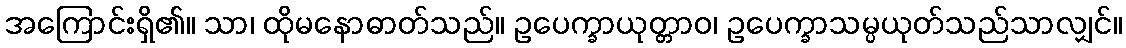
အကြောင်းရှိ၏။ သာ၊ ထိုမနောဓာတ်သည်။ ဥပေက္ခာယုတ္တာဝ၊ ဥပေက္ခာသမ္ပယုတ်သည်သာလျှင်။